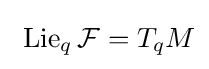
\ \mathrm {Lie} _{q}\,{\mathcal {F}}=T_{q}M